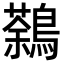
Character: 鷋